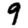
Digit: 9